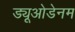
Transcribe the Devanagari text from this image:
ड्यूओडेनम